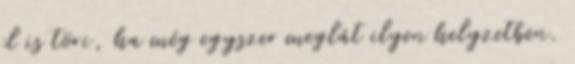
el is töri, ha még egyszer meglát ilyen helyzetben.